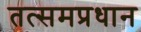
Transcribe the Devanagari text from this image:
तत्समप्रधान